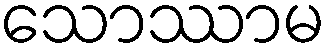
သောဿာမ